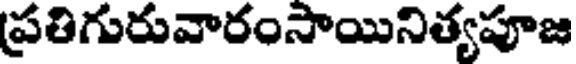
ప్రతిగురువారంసాయినిత్యపూజ